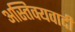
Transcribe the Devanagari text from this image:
अस्तिक्यवादी